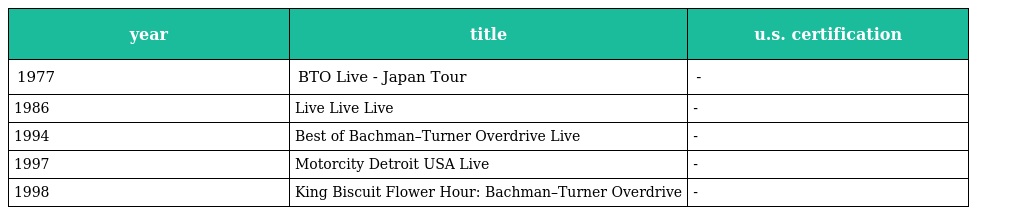
| year | title | u.s. certification |
 | --- | --- | --- |
 | 1977 | BTO Live - Japan Tour | - |
 | 1986 | Live Live Live | - |
 | 1994 | Best of Bachman–Turner Overdrive Live | - |
 | 1997 | Motorcity Detroit USA Live | - |
 | 1998 | King Biscuit Flower Hour: Bachman–Turner Overdrive | - |